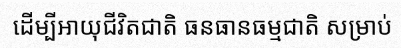
ដើម្បីអាយុជីវិតជាតិ ធនធានធម្មជាតិ សម្រាប់